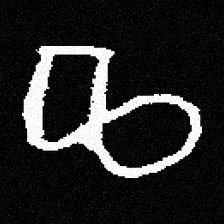
Pyu character \u2014 Myanmar letter: ဆ (romanized: cha)